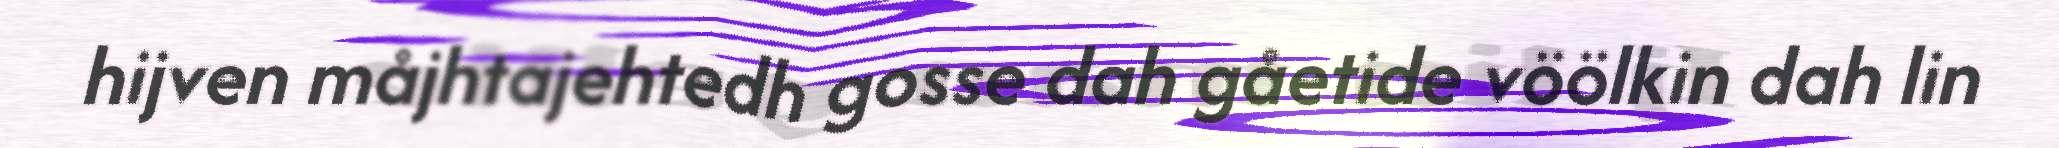
hijven måjhtajehtedh gosse dah gåetide vöölkin dah lin